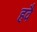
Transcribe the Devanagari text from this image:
हवै